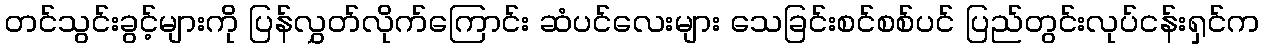
တင်သွင်းခွင့်များကို ပြန်လွှတ်လိုက်ကြောင်း ဆံပင်လေးများ သေခြင်းစင်စစ်ပင် ပြည်တွင်းလုပ်ငန်းရှင်က